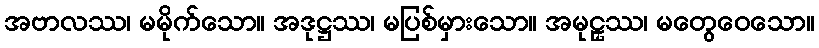
အဗာလဿ၊ မမိုက်သော။ အဒုဋ္ဌဿ၊ မပြစ်မှားသော။ အမုဠှဿ၊ မတွေဝေသော။